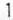
1